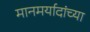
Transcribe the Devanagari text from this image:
मानमर्यादांच्या